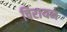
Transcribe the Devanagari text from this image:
चिरायन